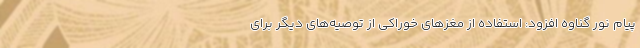
پیام نور گناوه افزود: استفاده از مغزهای خوراکی از توصیه‌های دیگر برای